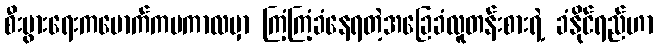
စီးပွားရေးကမောက်ကမကာလမှာ ကြံ့ကြံ့ခံနေရတဲ့အခြေခံလူတန်းစားရဲ့ ခံနိုင်ရည်ဟာ